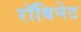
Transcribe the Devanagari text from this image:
रॉबिनेट